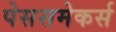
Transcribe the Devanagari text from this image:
पेससमेकर्स